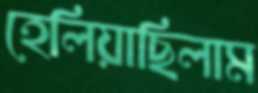
হেলিয়াছিলাম